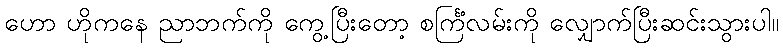
ဟော ဟိုကနေ ညာဘက်ကို ကွေ့ပြီးတော့ စင်္ကြံလမ်းကို လျှောက်ပြီးဆင်းသွားပါ။